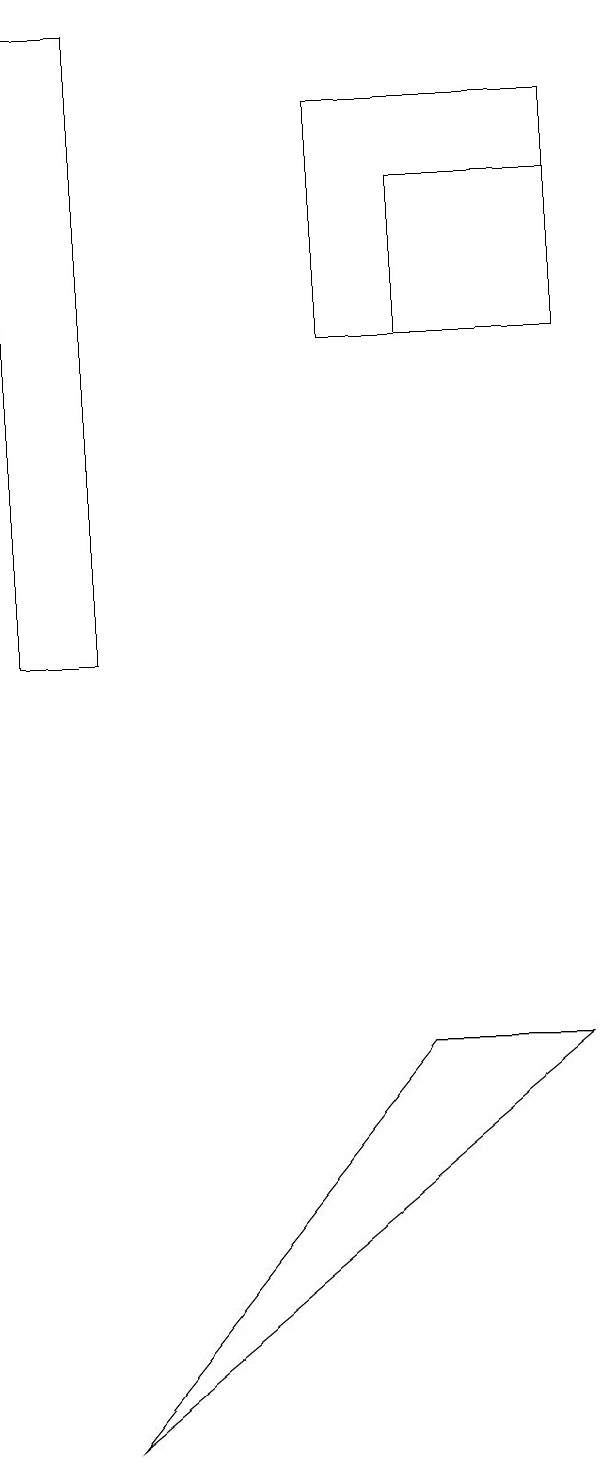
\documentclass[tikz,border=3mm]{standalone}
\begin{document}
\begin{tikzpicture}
\draw (5,17) rectangle (8,14);
\draw (6,16) rectangle (8,14);
\draw (1,18) rectangle (2,10);
\draw (2,0) -- (8,5) -- (6,5) -- cycle;
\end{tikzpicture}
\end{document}